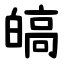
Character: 皜